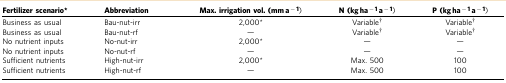
<table><thead><tr><td><b>Fertilizer scenario*</b></td><td><b>Abbreviation</b></td><td><b>Max. irrigation vol. (mm a<sup>−1</sup>)</b></td><td><b>N (kg ha<sup>−1</sup> a<sup>−1</sup>)</b></td><td><b>P (kg ha<sup>−1</sup> a<sup>−1</sup>)</b></td></tr></thead><tbody><tr><td>Business as usual</td><td>Bau-nut-irr</td><td>2,000*</td><td>Variable†</td><td>Variable†</td></tr><tr><td>Business as usual</td><td>Bau-nut-rf</td><td>—</td><td>Variable†</td><td>Variable†</td></tr><tr><td>No nutrient inputs</td><td>No-nut-irr</td><td>2,000*</td><td>—</td><td>—</td></tr><tr><td>No nutrient inputs</td><td>No-nut-rf</td><td>—</td><td>—</td><td>—</td></tr><tr><td>Sufficient nutrients</td><td>High-nut-irr</td><td>2,000*</td><td>Max. 500</td><td>100</td></tr><tr><td>Sufficient nutrients</td><td>High-nut-rf</td><td>—</td><td>Max. 500</td><td>100</td></tr></tbody></table>